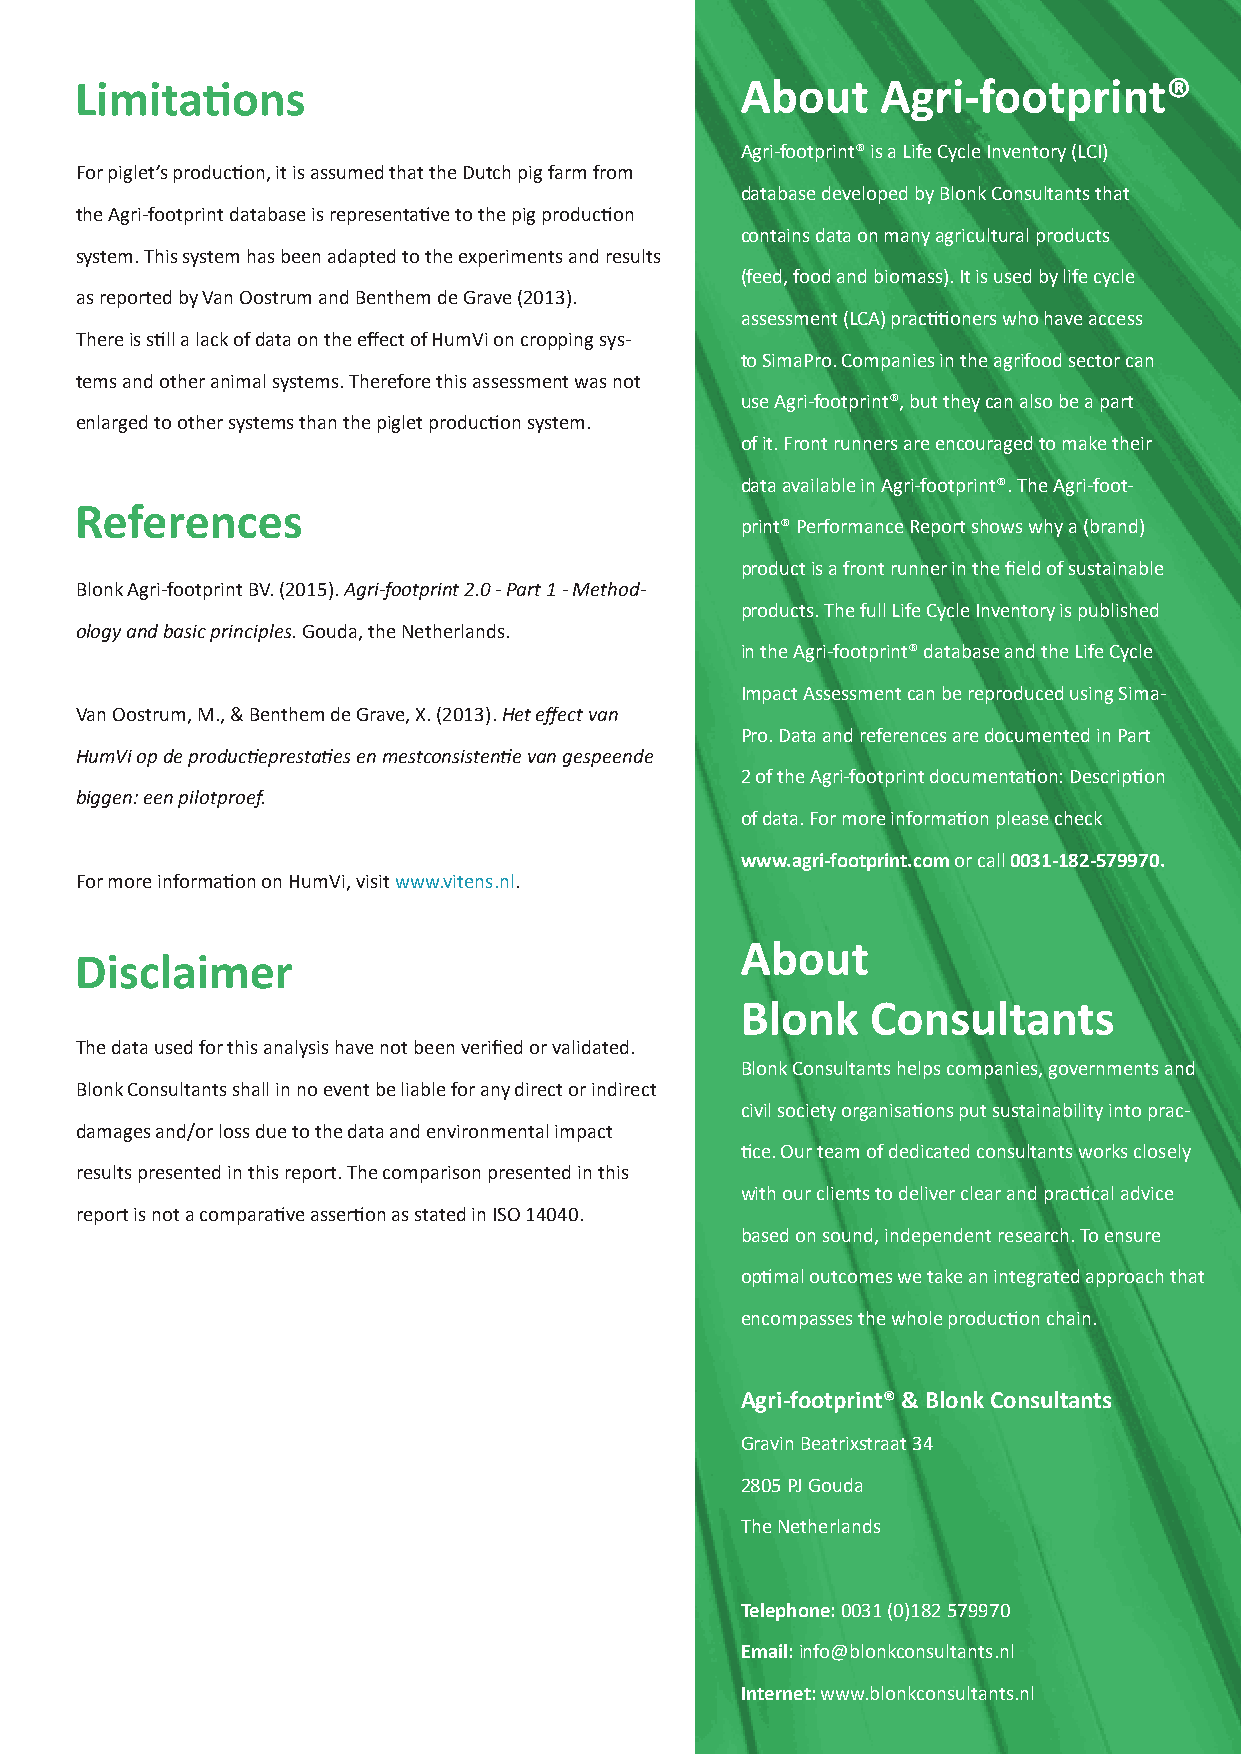
Limitations                                 About    Agri-footprint®
 Agri-footprint® is a Life Cycle Inventory (LCI)
 For piglet’s production, it is assumed that the Dutch pig farm from
 database developed by Blonk Consultants that
 the Agri-footprint database is representative to the pig production
 contains data on many agricultural products
 system. This system has been adapted to the experiments and results
 (feed, food and biomass). It is used by life cycle
 as reported by Van Oostrum and Benthem de Grave (2013).
 assessment (LCA) practitioners who have access
 There is still a lack of data on the effect of HumVi on cropping sys-
 to SimaPro. Companies in the agrifood sector can
 tems and other animal systems. Therefore this assessment was not
 use Agri-footprint®, but they can also be a part
 enlarged to other systems than the piglet production system.
 of it. Front runners are encouraged to make their
 data available in Agri-footprint®. The Agri-foot-
 References
 print® Performance Report shows why a (brand)
 product is a front runner in the field of sustainable
 Blonk Agri-footprint BV. (2015). Agri-footprint 2.0 - Part 1 - Method-
 products. The full Life Cycle Inventory is published
 ology and basic principles. Gouda, the Netherlands.
 in the Agri-footprint® database and the Life Cycle
 Impact Assessment can be reproduced using Sima-
 Van Oostrum, M., & Benthem de Grave, X. (2013). Het effect van
 Pro. Data and references are documented in Part
 HumVi op de productieprestaties en mestconsistentie van gespeende
 2 of the Agri-footprint documentation: Description
 biggen: een pilotproef.
 of data. For more information please check
 www.agri-footprint.com or call 0031-182-579970.
 For more information on HumVi, visit www.vitens.nl.
 About
 Disclaimer
 Blonk    Consultants
 The data used for this analysis have not been verified or validated.
 Blonk Consultants helps companies, governments and
 Blonk Consultants shall in no event be liable for any direct or indirect
 civil society organisations put sustainability into prac-
 damages and/or loss due to the data and environmental impact
 tice. Our team of dedicated consultants works closely
 results presented in this report. The comparison presented in this
 with our clients to deliver clear and practical advice
 report is not a comparative assertion as stated in ISO 14040.
 based on sound, independent research. To ensure
 optimal outcomes we take an integrated approach that
 encompasses the whole production chain.
 Agri-footprint® & Blonk Consultants
 Gravin Beatrixstraat 34
 2805 PJ Gouda
 The Netherlands
 Telephone: 0031 (0)182 579970
 Email: info@blonkconsultants.nl
 Internet: www.blonkconsultants.nl